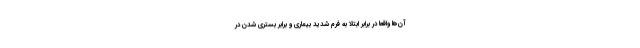
آن‌ها واقعا در برابر ابتلا به فرم شدید بیماری و برابر بستری شدن در